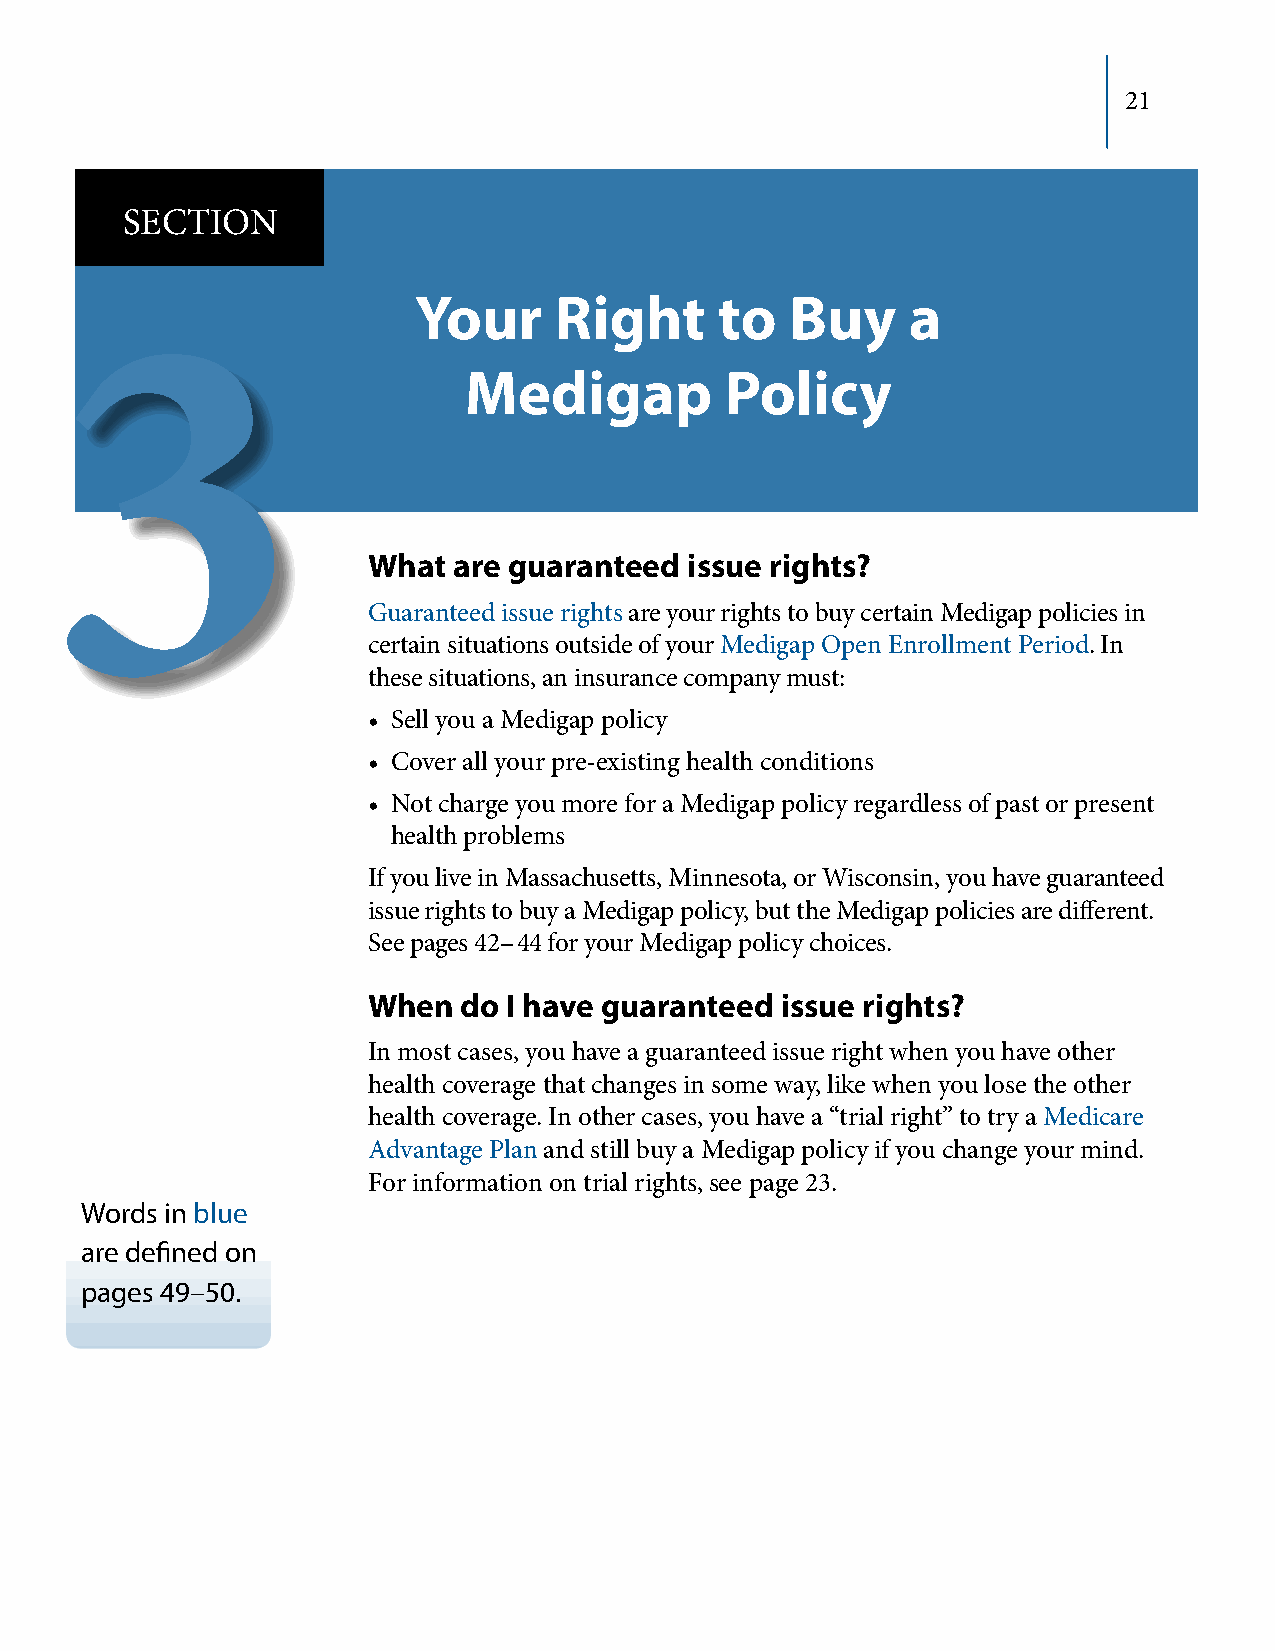
21
 SECTION
 Your      Right      to  Buy     a
 3
 Medigap          Policy
 What  are guaranteed  issue rights?
 Guaranteed issue rights are your rights to buy certain Medigap policies in
 certain situations outside of your Medigap Open Enrollment Period. In
 these situations, an insurance company must:
 • Sell you a Medigap policy
 • Cover all your pre‑existing health conditions
 • Not charge you more for a Medigap policy regardless of past or present
 health problems
 If you live in Massachusetts, Minnesota, or Wisconsin, you have guaranteed
 issue rights to buy a Medigap policy, but the Medigap policies are different.
 See pages 42– 44 for your Medigap policy choices.
 When   do I have guaranteed issue rights?
 In most cases, you have a guaranteed issue right when you have other
 health coverage that changes in some way, like when you lose the other
 health coverage. In other cases, you have a “trial right” to try a Medicare
 Advantage Plan and still buy a Medigap policy if you change your mind.
 For information on trial rights, see page 23.
 Words in blue
 are defined on
 pages 49–50.